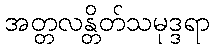
အတ္တလန္တိတ်သမုဒ္ဒရာ